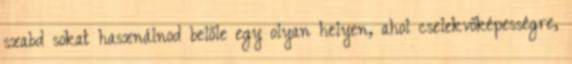
szabd sokat használnod belőle egy olyan helyen, ahol cselekvőképességre,